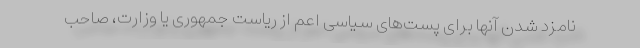
نامزد شدن آنها برای پست‌های سیاسی اعم از ریاست جمهوری یا وزارت، صاحب